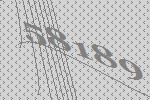
58189